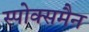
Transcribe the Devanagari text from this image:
स्पोक्समैन